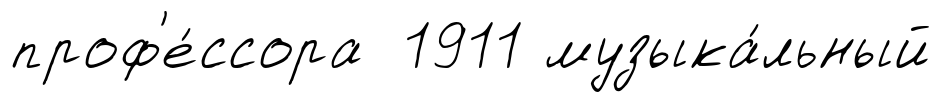
проф'е́ссора 1911 музыка́льный